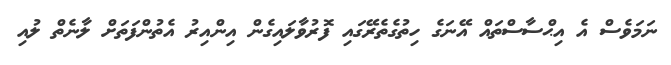
ނަމަވެސް އެ އިޙްސާސްތައް އޭނަގެ ހިތުގެތެރޭގައި ފޮރުވާލައިގެން އިންއިރު އެތުންފަތަށް ލާނެތް ލުއި